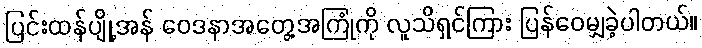
ပြင်းထန်ပျို့အန် ဝေဒနာအတွေ့အကြုံကို လူသိရှင်ကြား ပြန်ဝေမျှခဲ့ပါတယ်။